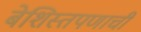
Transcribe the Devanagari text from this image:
बेशिस्तपणाची